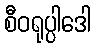
စီဝရုပ္ပါဒေါ